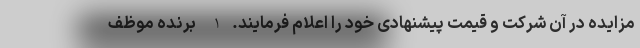
مزایده در آن شرکت و قیمت پیشنهادی خود را اعلام فرمایند. 1- برنده موظف